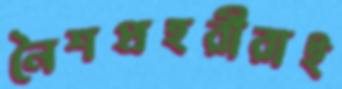
নৈশপ্রহরীরাই